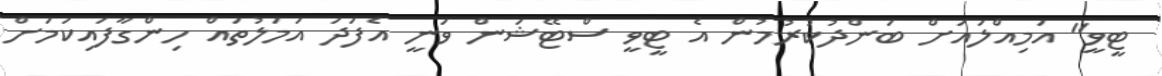
ޓީވީ" އަމިއްލައަށް ބަންދުކުރުމުން އެ ޓީވީ ސްޓޭޝަން ވަނީ އެފަދަ އަމަލުތައް ހިންގާފައިކަމަށް